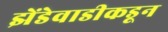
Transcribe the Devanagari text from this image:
झेंडेवाडीकडून